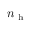
n _ { \mathrm { ~ h ~ } }